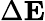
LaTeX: \Delta{\mathbf E}